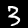
Label: 3